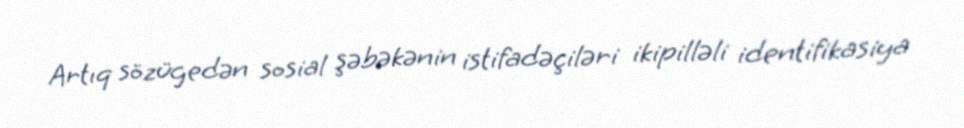
Artıq sözügedən sosial şəbəkənin istifadəçiləri ikipilləli identifikasiya